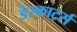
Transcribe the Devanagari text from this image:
डेस्कार्ट्स